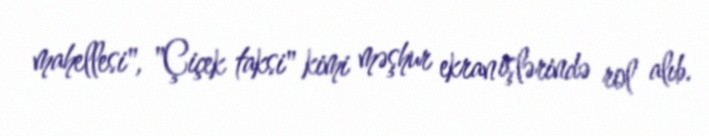
mahellesi", "Çiçek taksi" kimi məşhur ekran işlərində rol alıb.